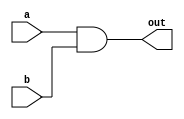
module circuit (
    input [3:0] a,
    input [3:0] b,
    output [3:0] out
  );
 
  assign out = a & b;
 
endmodule